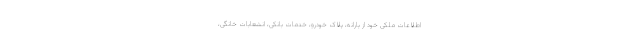
اطلاعات ملکی خود از یارانه، پلاک خودرو، خدمات بانکی، انشعابات خانگی،